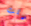
قلت